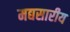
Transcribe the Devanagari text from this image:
मद्यसारीय